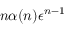
n \alpha ( n ) \epsilon ^ { n - 1 }